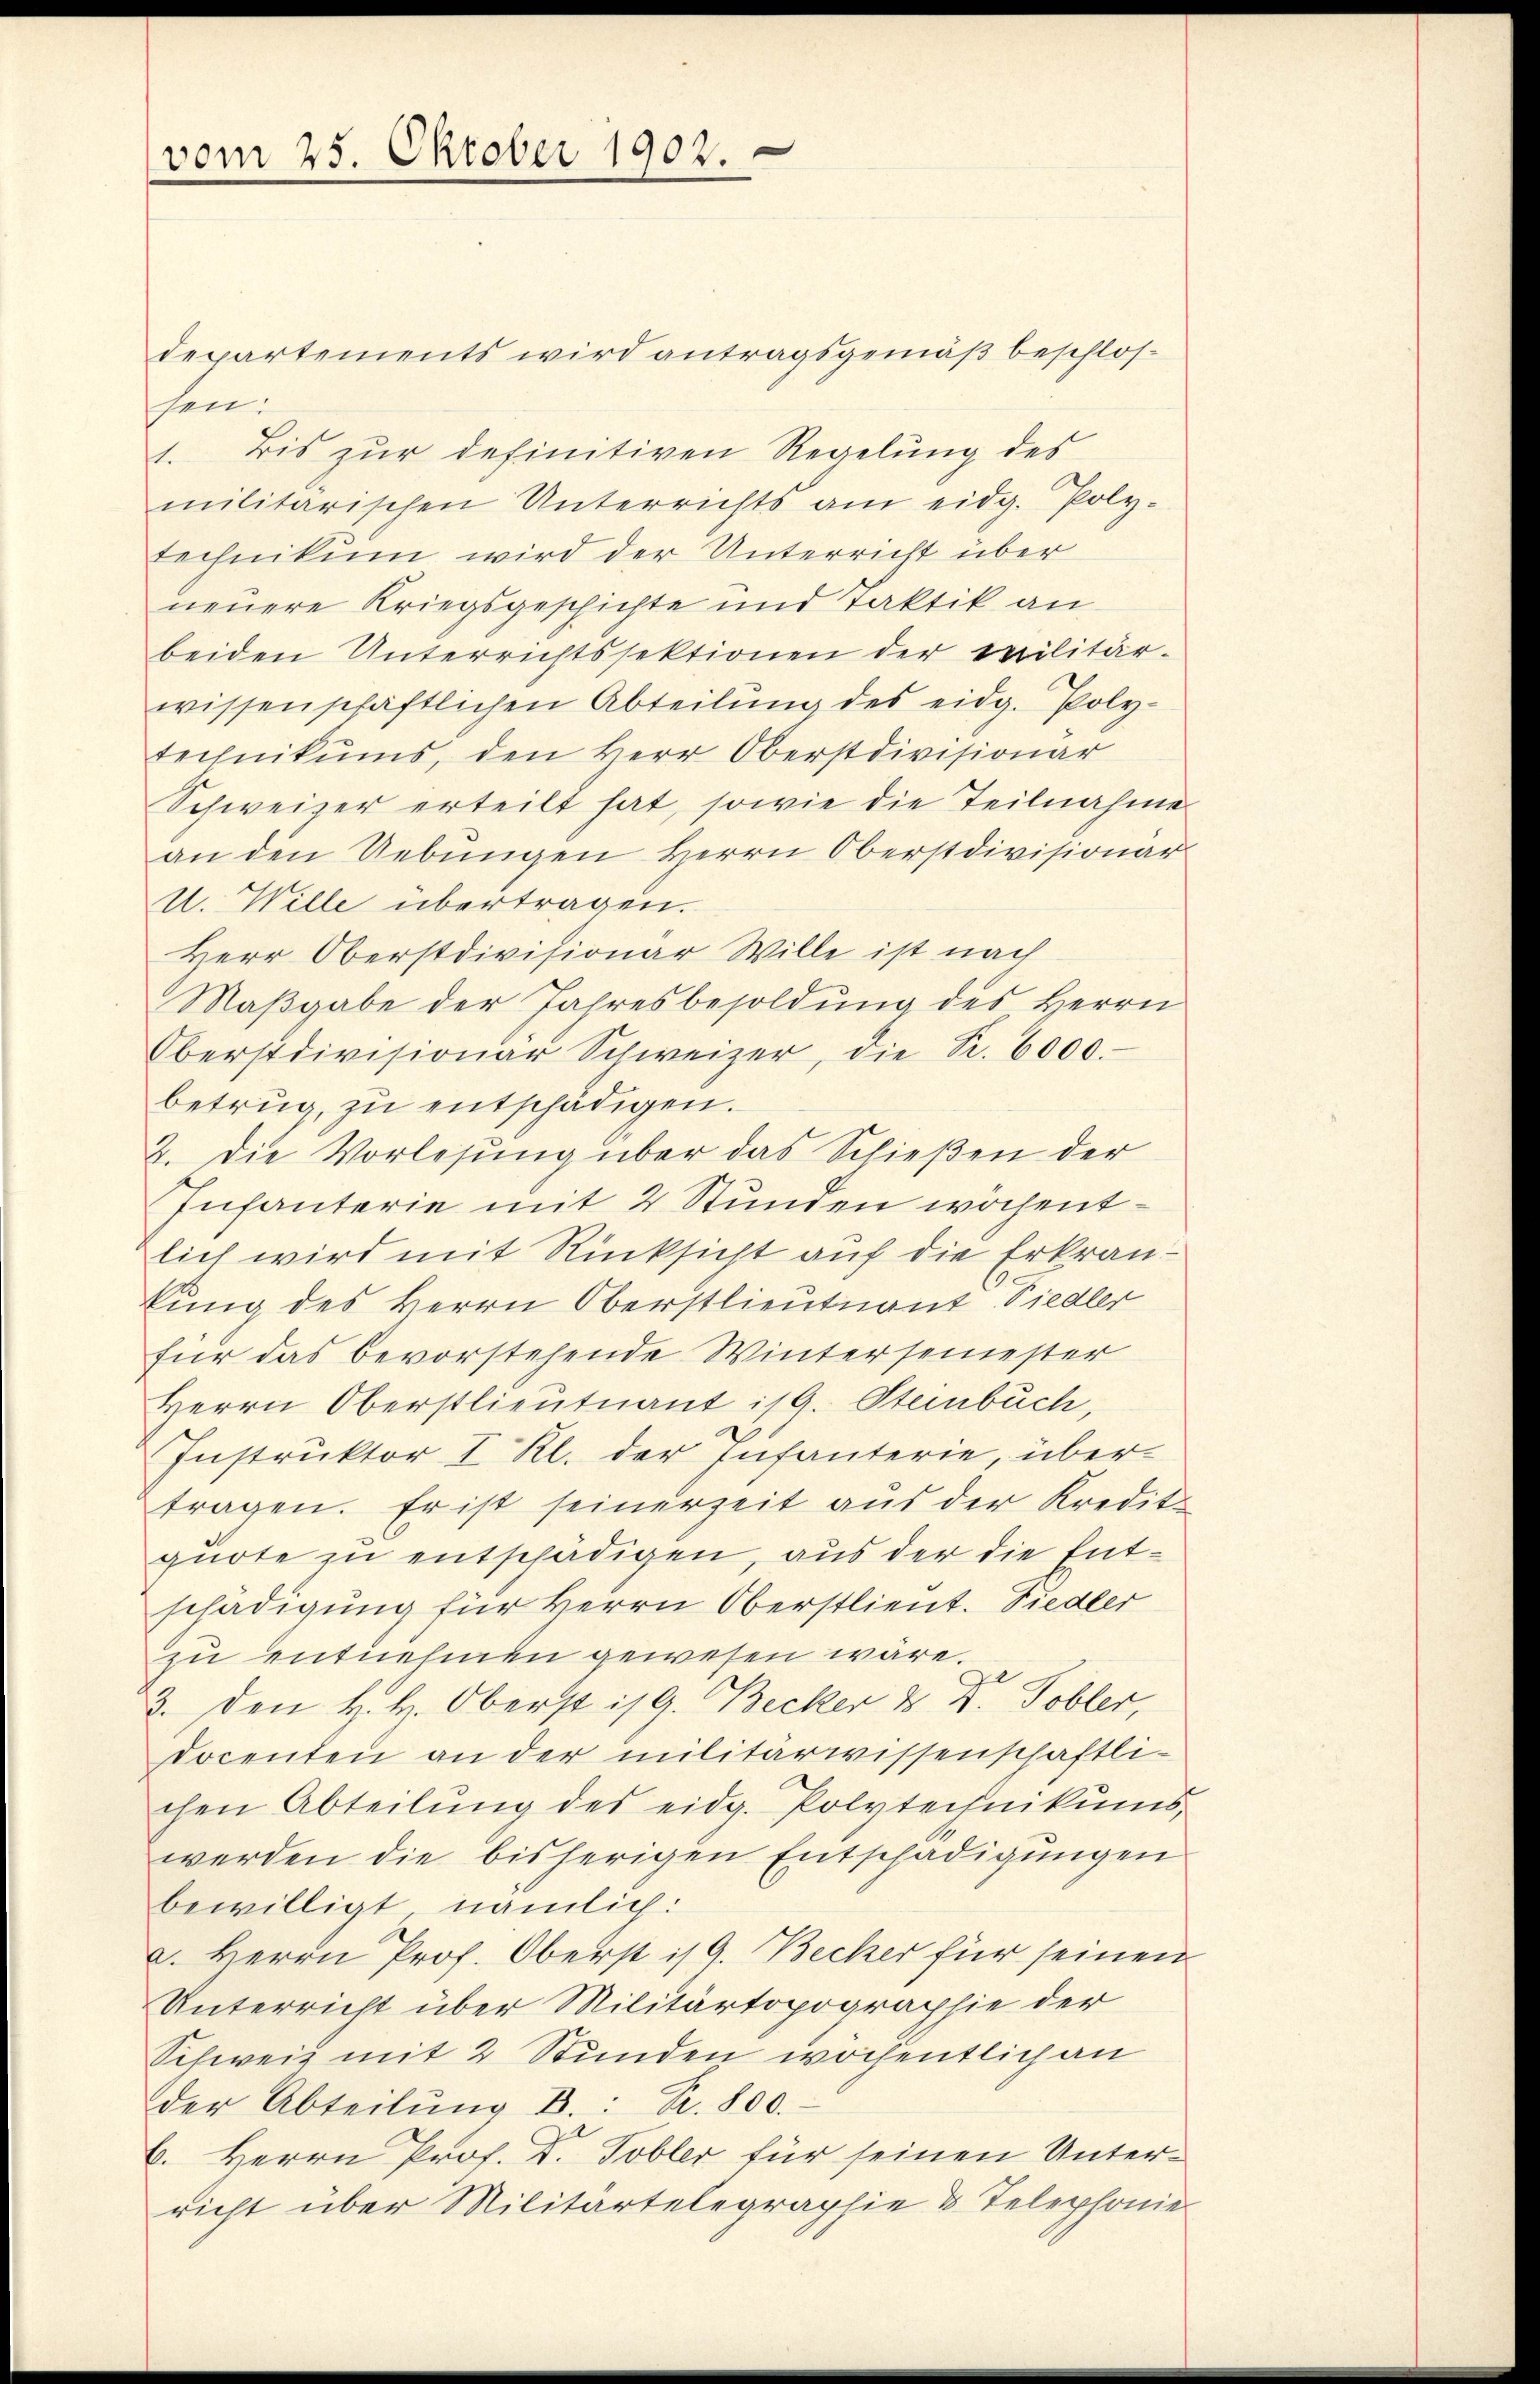
vom 25. Oktober 1902.

departements wird antragsgemäß beschlos
sen.
1. Bis zŭr definitiven Regelŭng des
militärischen Unterrichts am eidg. Poly-
technikum wird der Unterricht über
neuere Kriegsgeschichte und Taktik an
beiden Unterrichtssektionen der Militär-
wissenschaftlichen Abteilŭng des eidg. Poly-
technikums, den Herr Oberstdivisionar
Schweizer erteilt hat, sowie die Teilnahme
an den Uebŭngen Herrn Oberstdivisionar
U. Wille übertragen.
Herr Oberstdivisionar Wille ist nach
Maβgabe der Jahresbesoldŭng des Herrn
Oberstdivisionar Schweizer, die K. 6000.
betrug, zŭ entschädigen.
2. Die Vorlesung über das Schießen der
Infanterie mit 2 Stunden wöchentlich wird mit Rücksicht auf die Erkranlung des Herrn Oberstlieutnant Siedler
für das bevorstehende Wintersemester
Herrn Oberstlieutnant is 9. Steinbuch,
Instruktor I Rl. der Infanterie, übertragen. Er ist seinerzeit aŭs der Kredite
quote zu entschädigen, aus der die Entschädigung für Herrn Oberstlieut. Siedler
zu entnehmen gewesen wäre.
3. Den H. H. Oberst is 9. Becker & Dr. Tobler,
docenten an der militarwissenschaftli-
chen Abteilŭng des eidg. Polytechnikums
werden die bisherigen Entschädigungen
bewilligt, nämlich:
a. Herrn Prof. Oberst is 9. Becker für seinen
Unterricht über Militärtopographie der
Schweiz mit 2 Stunden wöchentlich an
der Abteilŭng B.: Kr. 800.
6. Herrn Prof. D. Tobler für seinen Unterricht über Militartelegraphie & Telephonie